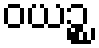
ဝယဉ္စ